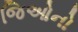
જિઓનો